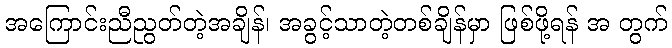
အကြောင်းညီညွတ်တဲ့အချိန်၊ အခွင့်သာတဲ့တစ်ချိန်မှာ ဖြစ်ဖို့ရန် အ တွက်